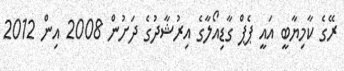
ރޭގެ ކާމިޔާބީ އައީ ޕެޕް ގާޑިއޯލާގެ އިރުޝާދުގެ ދަށުން 2008 އިން 2012